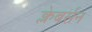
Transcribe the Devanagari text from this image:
क्लेबर्सन